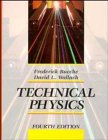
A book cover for Technical Physics, 4th Edition; Frederick Bueche; Science & Math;